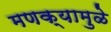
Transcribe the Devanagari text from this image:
मणक्यामुळे